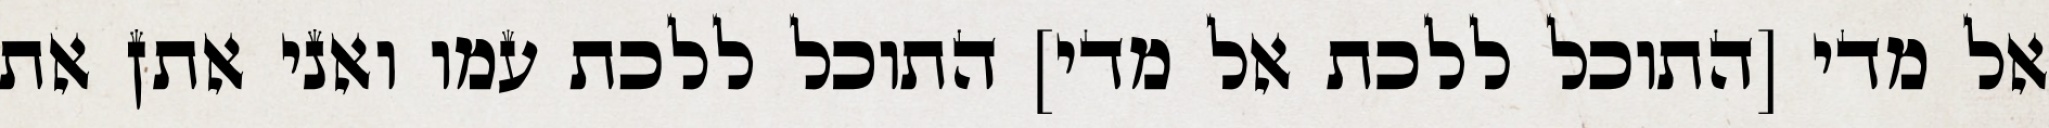
אל מדי [התוכל ללכת אל מדי] התוכל ללכת עמו ואני אתן את